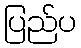
ပြည်ပ